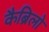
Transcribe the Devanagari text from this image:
कैब्रिलो